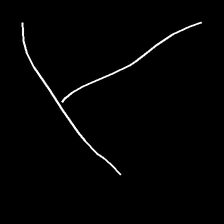
Glyph: column